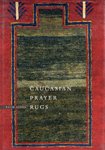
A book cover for Caucasian Prayer Rugs; Ralph Kaffel; Crafts, Hobbies & Home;